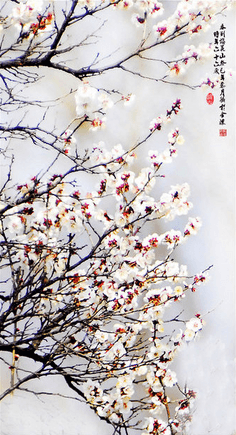
无聊成独卧，弹指韶光过。